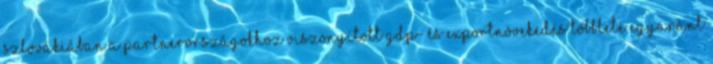
Szlovákiában a partnerországokhoz viszonyított GDP- és exportnövekedés többlete egyaránt